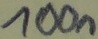
Text: 100n